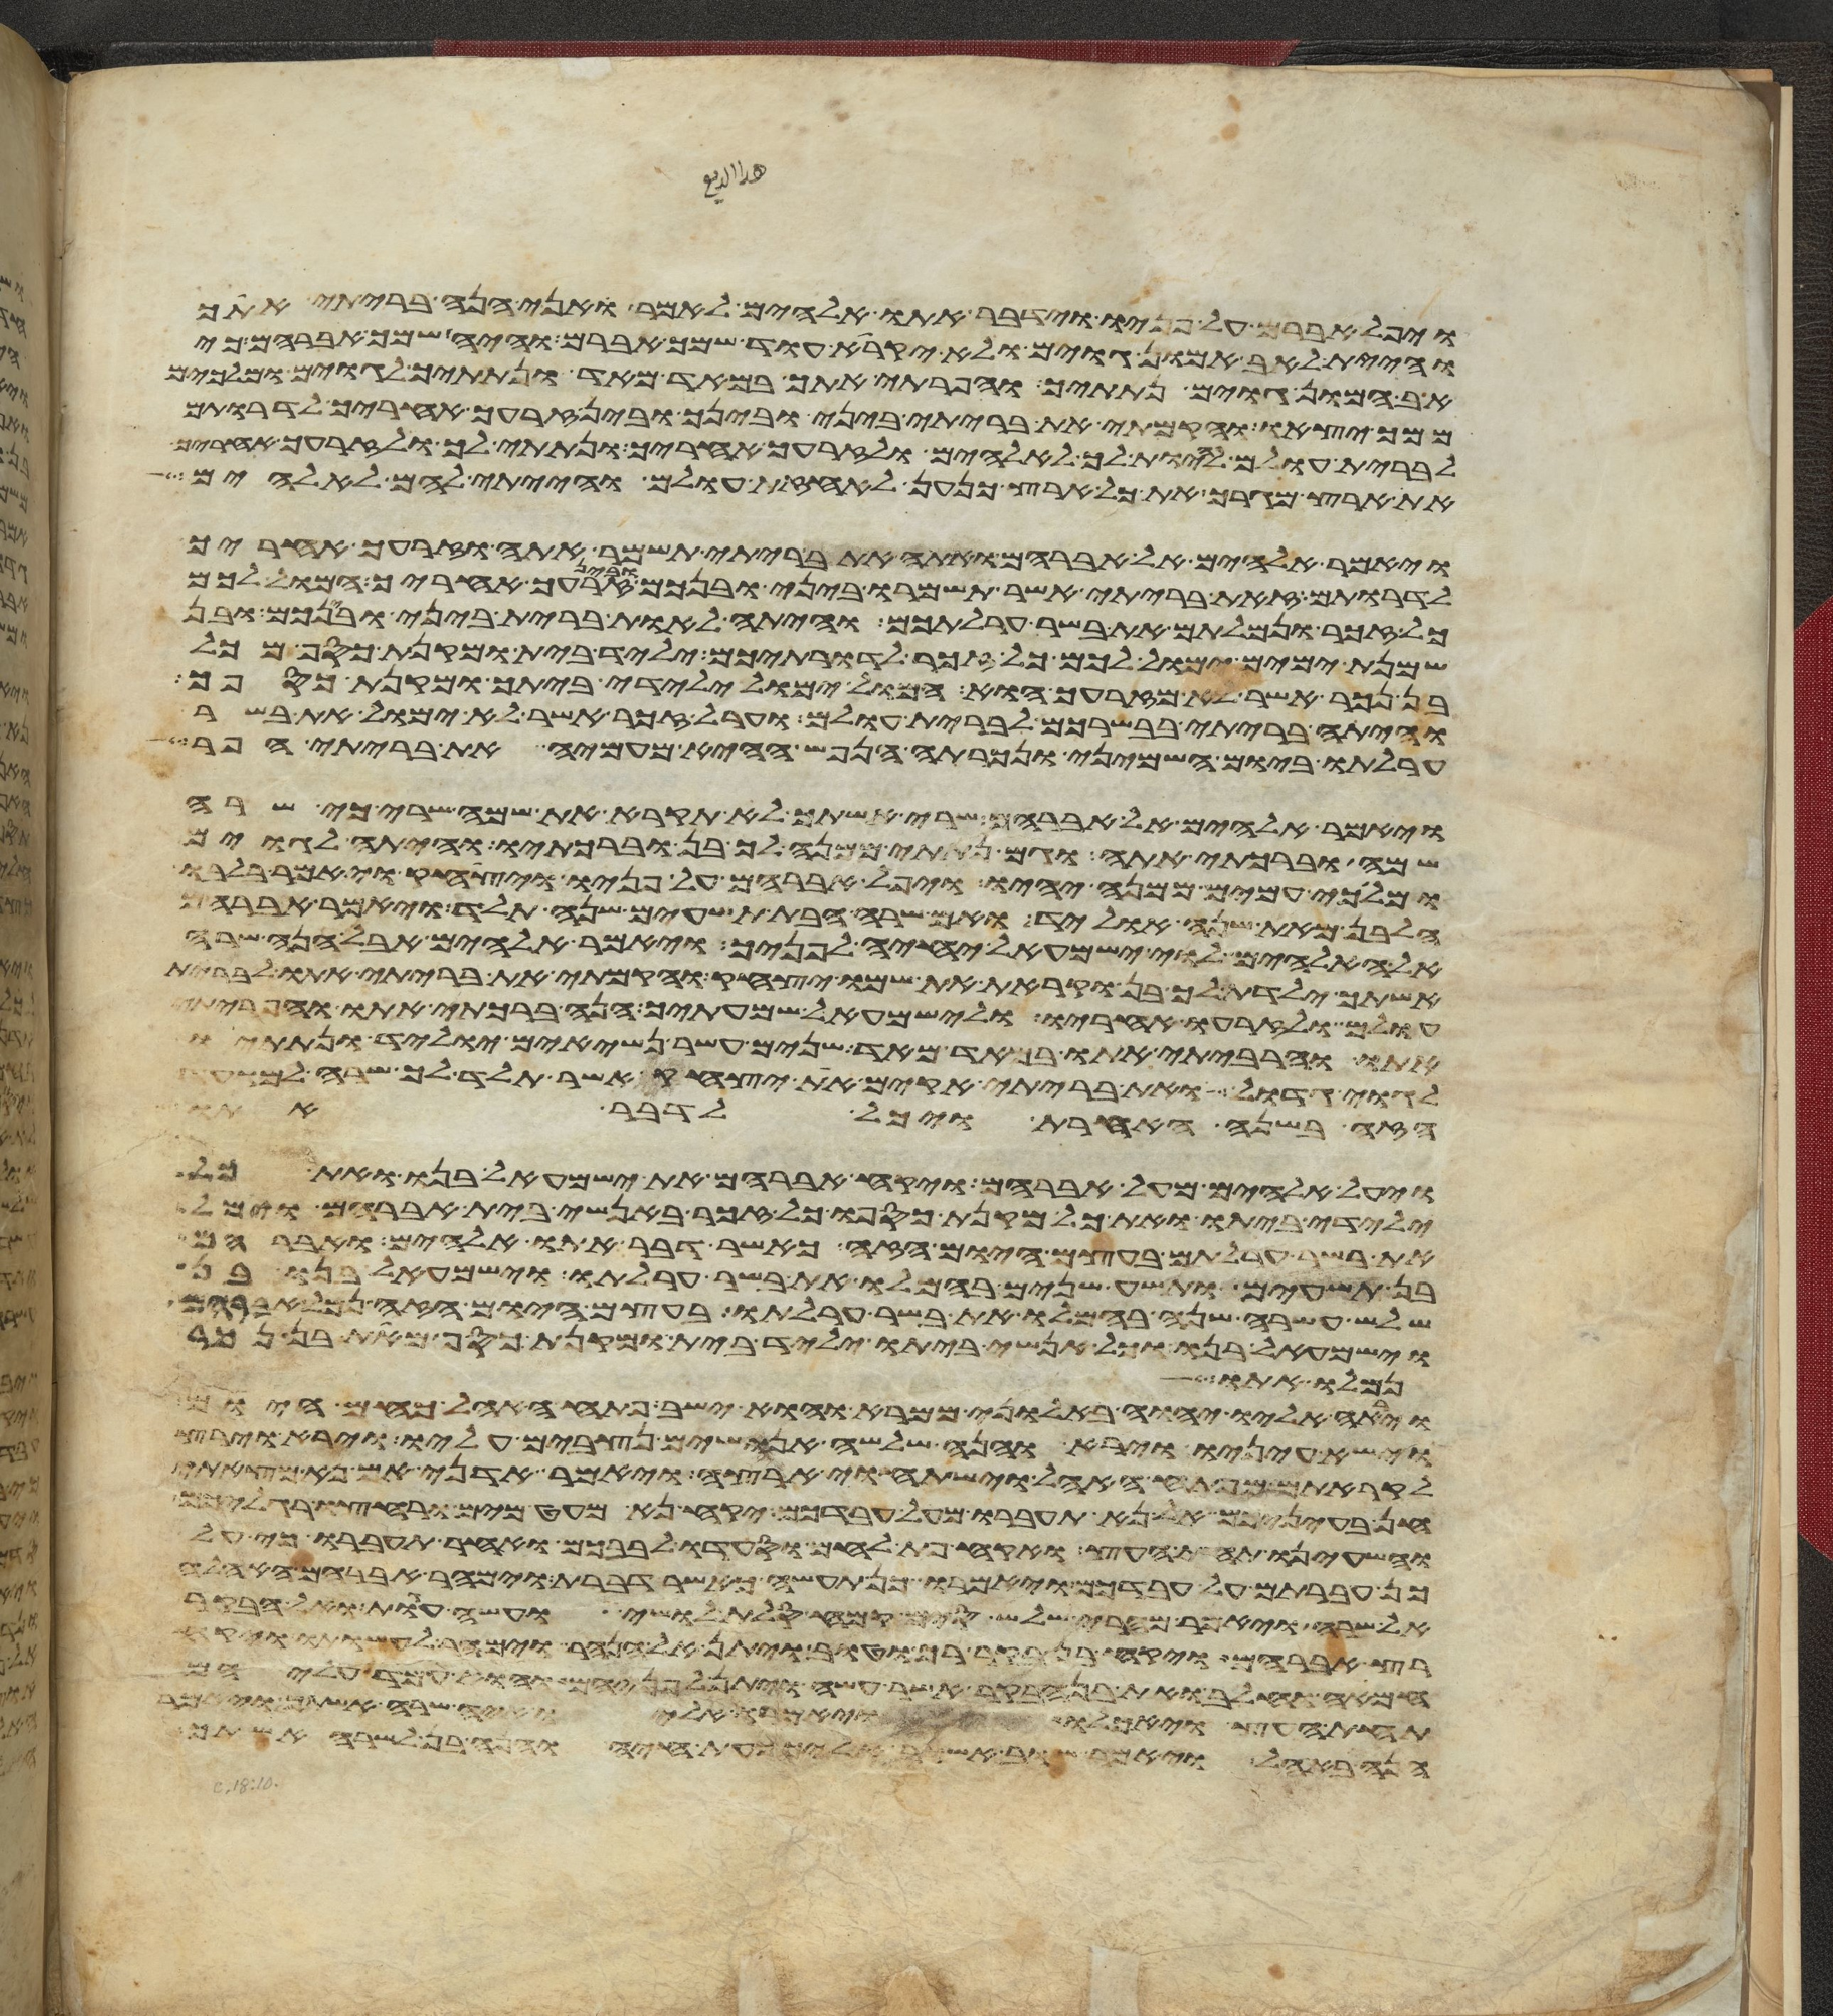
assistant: ויפל אברם על פניו וידבר אתו אלהים לאמר ואני הנה בריתי אתך
והיית לאב המון גוים ולא יקרא עוד שמך אברם והיה שמך אברהם כי
אב המון גוים נתתיך והפריתי אתך במאד מאד ונתתיך לגוים ומלכים
ממך יצאו והקמתי את בריתי ביני ובינך ובין זרעך אחריך לדרתם
לברית עולם להיות לך לאלהים ולזרעך אחריך ונתתי לך ולזרעך אחריך
את ארץ מגריך את כל ארץ כנען לאחזת עולם והייתי להם לאלהים
ויאמר אלהים אל אברהם ואתה את בריתי תשמר אתה וזרעך אחריך
לדרותם זאת בריתי אשר תשמרו ביני ובינכם ובין זרעך אחריך המול לכם
כל זכר ונמלתם את בשר ערלתכם והיתה לאות ברית ביני ובינכם ובן
שמנת ימים ימול לכם כל זכר לדרתיכם יליד בית ומקנת כסף מכל
בן נכר אשר לא מזרעך הוא המול ימול ילידי ביתך ומקנת כספך
והיתה בריתי בבשרכם לברית עולם וערל זכר אשר לא ימול את בשר
ערלתו ביום השמיני ונכרתה הנפש ההיא מעמיה את בריתי הפר
ויאמר אלהים אל אברהם שרי אשתך לא תקרא את שמה שרי כי שרה
שמה וברכתי אתה וגם נתתי ממנה לך בן וברכתיו והיתה לגוים
ומלכי עמים ממנה יהיו ויפל אברהם על פניו ויצחק ויאמר בלבו
הלבן מאת שנה אוליד ואם שרה הבת תשעים שנה תלד ויאמר אברהם
אל האלהים לוי ישמעאל יחיה לפניך ויאמר אלהים אבל הנה שרה
אשתך ילדת לך בן וקראת את שמו יצחק והקמתי את בריתי אתו לברית
עולם ולזרעו אחריו ולישמעאל שמעתיך הנה ברכתי אתו והפריתי
אתו והרביתי אתו במאד מאד שנים עשר נשיאים יוליד ונתתיו
לגוי גדול ואת בריתי אקים את יצחק אשר תלד לך שרה למועד
הזה בשנה האחרת ויכל לדבר אתו
ויעל אלהים מעל אברהם ויקח אברהם את ישמעאל בנו ואת כל
ילידי ביתו ואת כל מקנת כספו כל זכר באנשי בית אברהם וימל
את בשר ערלתם בעצם היום הזה כאשר דבר אתו אלהים ואברהם
בן תשעים ותשע שנים בהמלו את בשר ערלתו וישמעאל בנו בן
שלש עשרה שנה בהמלו את בשר ערלתו בעצם היום הזה נמל אברהם
וישמעאל בנו וכל אנשי ביתו יליד בית ומקנת כסף מאת בן נכר
נמלו אתו
וירא אליו יהוה באלוני ממרא והוא ישב פתח האהל כחם היום
וישא עיניו וירא והנה שלשה אנושים נצבים עליו וירא וירץ
לקראתם מפתח האהל וישתחוי ארצה ויאמר אדני אם נא מצאתי
חן בעיניכם אל נא תעברו מעל עבדכם יקח נא מעט מים ורחצו רגליכם
והשעינו תחת העץ ואקח פת לחם וסעדו לבבכם ואחר תעברו כי על
כן עברתם על עבדכם ויאמרו כן תעשה כאשר דברת וימהר אברהם האהלה
אל שרה ויאמר מהרי שלש סים קמח סלת לושי ועשה עגות ואל הבקר
רץ אברהם ויקח בן בקר רך וטוב ויתן אל הנער וימהר לעשותו ויקח
חמאה וחלב ואת בן הבקר אשר עשה ויתן לפניהם והוא עמד עליהם
תחת העץ ויאכלו ויאמרו אליו איה שרה אשתך ויאמר
הנה באהל ויאמר שוב אשוב אליך כעת חיה והנה בן לשרה אשתך